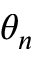
\theta _ { n }